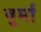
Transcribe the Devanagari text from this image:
बुर्मा